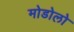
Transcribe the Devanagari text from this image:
मोडोलो